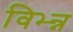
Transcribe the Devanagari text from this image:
विभ्न्न